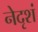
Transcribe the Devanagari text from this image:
नेदृशं